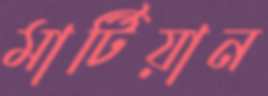
মার্টিয়ান